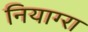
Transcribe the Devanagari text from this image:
नियाग्‍रा